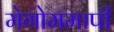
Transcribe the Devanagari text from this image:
मेगोममापी